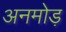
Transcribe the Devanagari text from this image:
अनमोड़